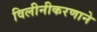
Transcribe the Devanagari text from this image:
विलीनीकरणाने